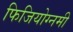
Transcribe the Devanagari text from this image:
फिजियोग्नमी